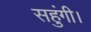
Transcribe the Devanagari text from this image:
सहुंगी।